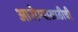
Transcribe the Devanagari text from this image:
आरोग्यासाठीची